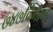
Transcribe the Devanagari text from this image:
७४७विमाने